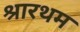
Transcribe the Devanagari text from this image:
श्रारथम